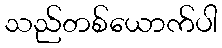
သည်တစ်ယောက်ပါ